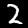
Digit: 2